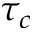
\tau _ { c }